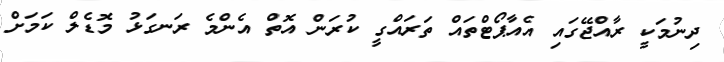
ދިނުމަކީ ރާއްޖޭގައި އެއާޕޯޓްތައް ތަރައްގީ ކުރަން އޮތް އެންމެ ރަނގަޅު މޮޑެލް ކަމަށް